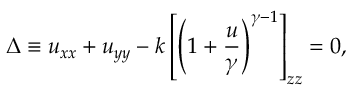
\Delta \equiv u _ { x x } + u _ { y y } - k \left[ \left( 1 + { \frac { u } { \gamma } } \right) ^ { \gamma - 1 } \right] _ { z z } = 0 ,